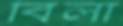
বিলা